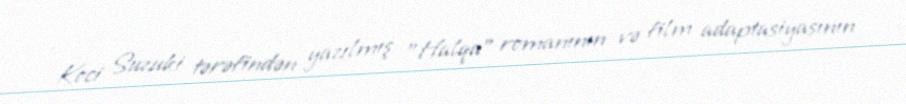
Koci Suzuki tərəfindən yazılmış "Halqa" romanının və film adaptasiyasının